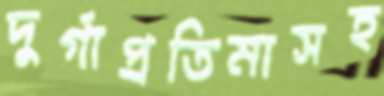
দুর্গাপ্রতিমাসহ